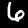
Digit: 6